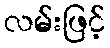
လမ်းဖြင့်